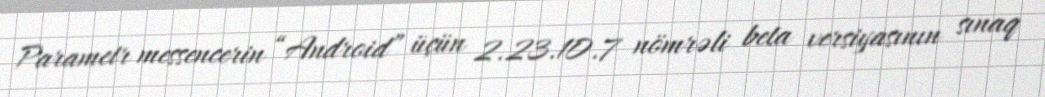
Parametr messencerin “Android” üçün 2.23.10.7 nömrəli beta versiyasının sınaq